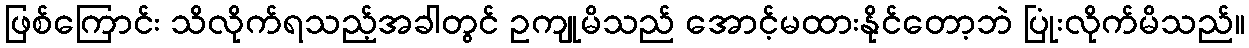
ဖြစ်ကြောင်း သိလိုက်ရသည့်အခါတွင် ဥကျုမိသည် အောင့်မထားနိုင်တော့ဘဲ ပြုံးလိုက်မိသည်။